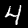
Digit: 4